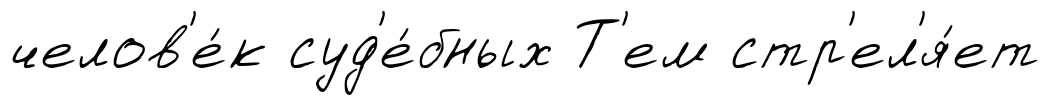
челов'е́к суд'е́бных Т'ем стр'ел'я́ет